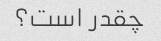
چقدر است؟